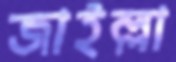
জাইল্লা